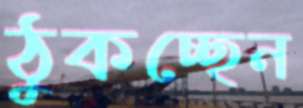
ঠুকচ্ছেন